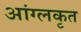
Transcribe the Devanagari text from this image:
आंग्लकृत